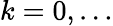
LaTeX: k=0,\ldots